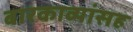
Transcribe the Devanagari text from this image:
बारकाव्यांसह